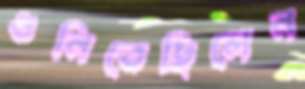
গুনিতেছিলেন